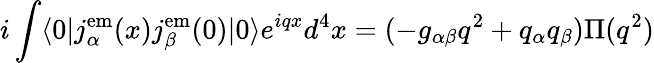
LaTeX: i\int\langle 0|j_{\alpha}^{\mathrm{em}}(x)j_{\beta}^{\mathrm{em}}(0)|0\rangle e^{iqx}d^{4}x=(-g_{\alpha\beta}q^{2}+q_{\alpha}q_{\beta})\Pi(q^{2})